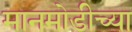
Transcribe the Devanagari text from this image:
मानमोडीच्या